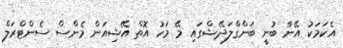
އެކަމަކު އޭނާ ބުނީ ބަންގްލަދޭޝްގައި މޭ މަހު އޮތް އޭޝިއަން މެންސް ސެންޓްރަލް